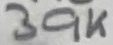
Text: 39K